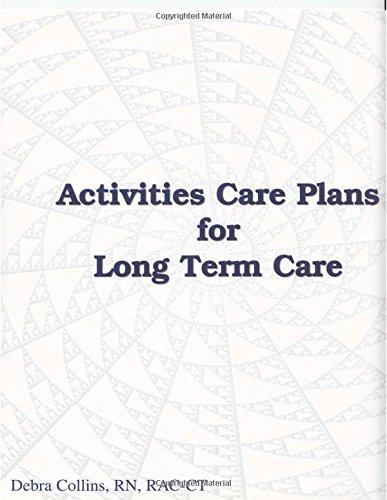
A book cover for Activity Care Plans for Long Term Care; Medical Books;